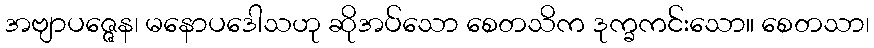
အဗျာပဇ္ဇေန၊ မနောပဒေါသဟု ဆိုအပ်သော စေတသိက ဒုက္ခကင်းသော။ စေတသာ၊